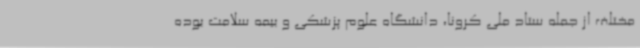
مختلف از جمله ستاد ملی کرونا، دانشگاه علوم پزشکی و بیمه سلامت بوده